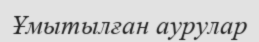
Ұмытылған аурулар